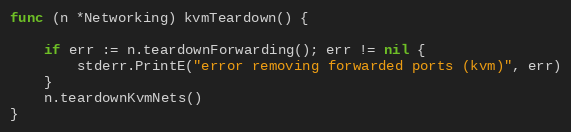
Language: Go
func (n *Networking) kvmTeardown() {

	if err := n.teardownForwarding(); err != nil {
		stderr.PrintE("error removing forwarded ports (kvm)", err)
	}
	n.teardownKvmNets()
}